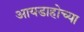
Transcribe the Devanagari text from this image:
आयडाहोच्या